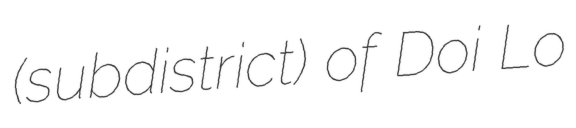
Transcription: (subdistrict) of Doi Lo